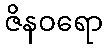
ဇိနဝရော